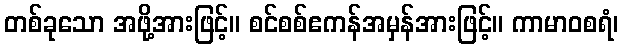
တစ်ခုသော အဖို့အားဖြင့်။ စင်စစ်ဧကန်အမှန်အားဖြင့်။ ကာမာဝစရံ၊